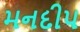
મનદીપ